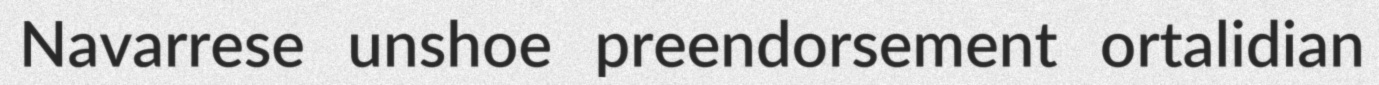
Navarrese unshoe preendorsement ortalidian